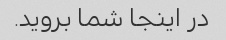
در اینجا شما بروید.